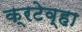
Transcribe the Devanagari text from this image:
क्रटेव्हा